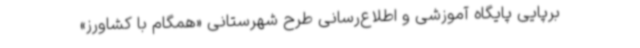
برپایی پایگاه آموزشی و اطلاع‌رسانی طرح شهرستانی «همگام با کشاورز»